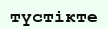
түстікте